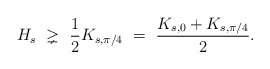
\begin{align*}H_s \ \gneq\ \frac{1}{2}K_{s,\pi/4}\ =\ \frac{K_{s,0}+K_{s,\pi/4}}2.\end{align*}